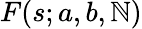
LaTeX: F(s;a,b,\mathbb{N})